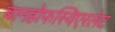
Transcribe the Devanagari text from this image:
बानहोफस्विएरलेट